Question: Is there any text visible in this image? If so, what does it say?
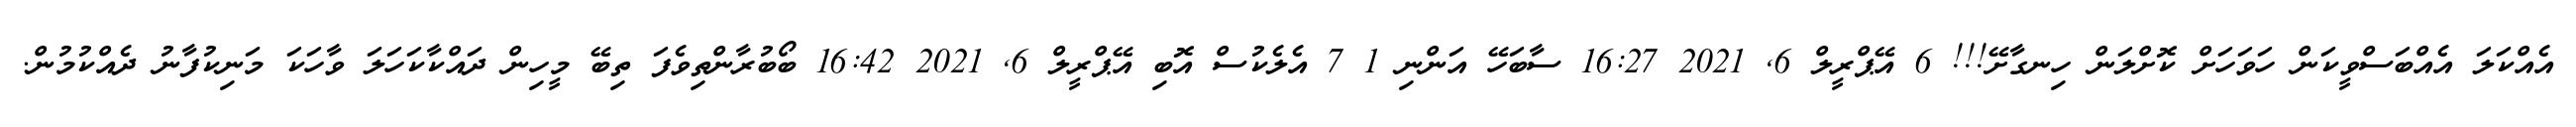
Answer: އެއްކަލަ އެއްބަސްވީކަން ހަވަހަށް ކޮށްލަން ހިނގާށޭ!!! 6 އޭޕްރީލް 6, 2021 16:27 ސާބަހޭ އަންނި 1 7 އެލެކުސް އޮބި އޭޕްރީލް 6, 2021 16:42 ބޯބުރާންތިވެފަ ތިބޭ މީހިން ދައްކާކަހަލަ ވާހަކަ މަނިކުފާނު ދެއްކުމުން.